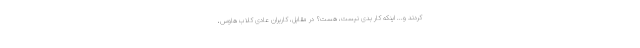
کردند و... اینکه کارِ بدی نیست، هست؟ در مقابل، کاربران عادی کلاب هاوس،